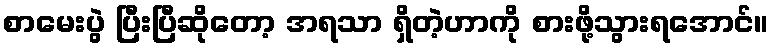
စာမေးပွဲ ပြီးပြီဆိုတော့ အရသာ ရှိတဲ့ဟာကို စားဖို့သွားရအောင်။